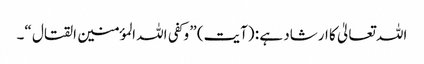
اللہ تعالیٰ کا ارشاد ہے : (آیت) ” وکفی اللہ المؤمنین القتال “۔